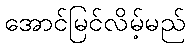
အောင်မြင်လိမ့်မည်